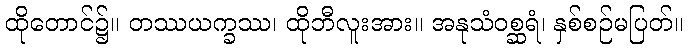
ထိုတောင်၌။ တဿယက္ခဿ၊ ထိုဘီလူးအား။ အနုသံဝစ္ဆရံ၊ နှစ်စဉ်မပြတ်။